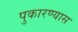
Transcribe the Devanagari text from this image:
पुकारण्यास